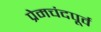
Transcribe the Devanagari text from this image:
प्रेमचंदपूर्व